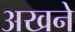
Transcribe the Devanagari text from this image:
अखने